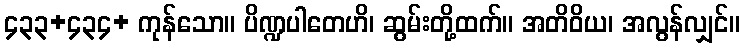
၄၃၃+၄၃၄+ ကုန်သော။ ပိဏ္ဍပါတေဟိ၊ ဆွမ်းတို့ထက်။ အတိဝိယ၊ အလွန်လျှင်။